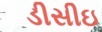
ડીસીઇ